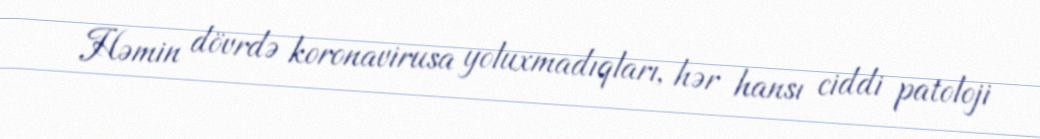
Həmin dövrdə koronavirusa yoluxmadıqları, hər hansı ciddi patoloji